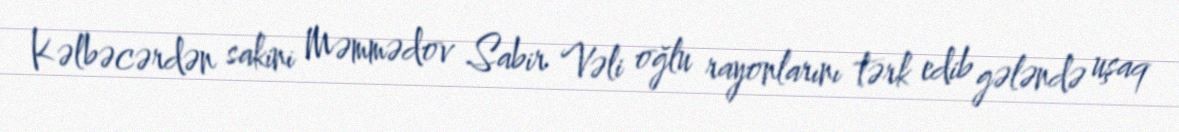
Kəlbəcərdən sakini Məmmədov Sabir Vəli oğlu rayonlarını tərk edib gələndə uşaq